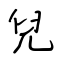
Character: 兒